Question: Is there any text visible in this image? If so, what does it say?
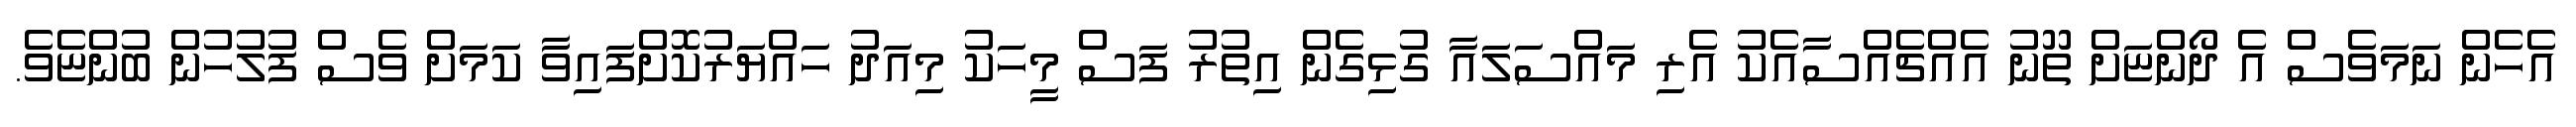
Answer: އެހެން ނަމަވެސް އެ ދޯންޏަށް ތޫނު އެއްޗެއްސާއެކު އެރި މައްސަލައާ ގުޅިގެން އިތުރު ފަސް މީހަކު މިއަދު ހައްޔަރުކޮށްފައިވާ ކަމަށް ވެސް ފުލުހުން ބުންޏެވެ.